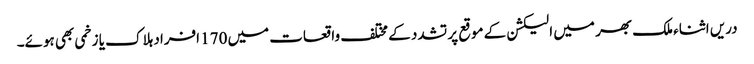
دریں اثناء ملک بھر میں الیکشن کے موقع پر تشدد کے مختلف واقعات میں 170 افراد ہلاک یا زخمی بھی ہوئے۔